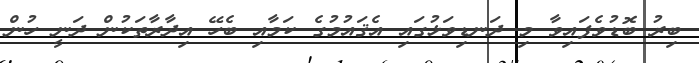
ބިރު ބޮޑުވެފައިވާ މި ދަނޑިވަޅުގައި އެޤައުމުގެ ކަމާއި ބެހޭ އިދާރާތަކުން ދަނީ ހުން